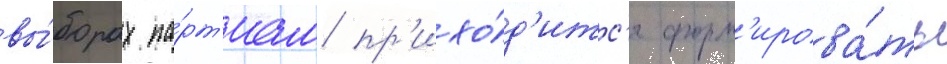
вы́борах па́рт'иам пр'ихо́д'итс'я форм'ирова́ть